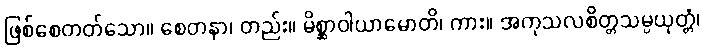
ဖြစ်စေတတ်သော။ စေတနာ၊ တည်း။ မိစ္ဆာဝါယာမောတိ၊ ကား။ အကုသလစိတ္တသမ္ပယုတ္တံ၊